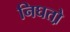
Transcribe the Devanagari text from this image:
निघतो़